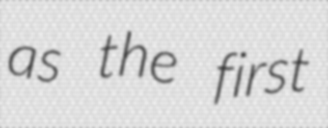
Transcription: as the first